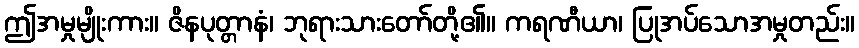
ဤအမှုမျိုးကား။ ဇိနပုတ္တာနံ၊ ဘုရားသားတော်တို့၏။ ကရဏီယာ၊ ပြုအပ်သောအမှုတည်း။